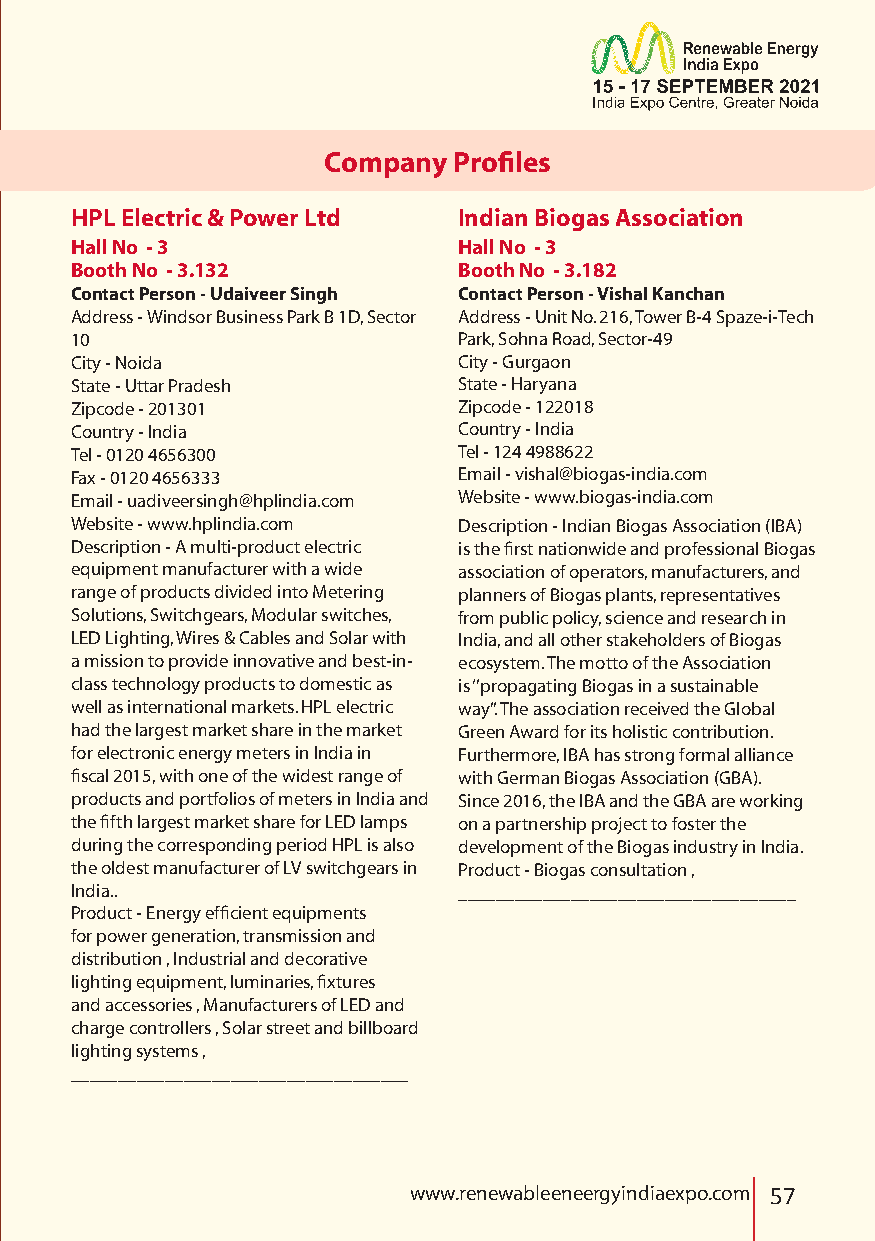
Company  Profiles
 HPL Electric & Power Ltd Indian Biogas Association
 Hall No - 3              Hall No - 3
 Booth No - 3.132         Booth No - 3.182
 Contact Person - Udaiveer Singh Contact Person - Vishal Kanchan
 Address - Windsor Business Park B 1D, Sector Address - Unit No. 216, Tower B-4 Spaze-i-Tech
 10                       Park, Sohna Road, Sector-49
 City - Noida             City - Gurgaon
 State - Uttar Pradesh    State - Haryana
 Zipcode - 201301         Zipcode - 122018
 Country - India          Country - India
 Tel - 0120 4656300       Tel - 124 4988622
 Fax - 0120 4656333       Email - vishal@biogas-india.com
 Email - uadiveersingh@hplindia.com Website - www.biogas-india.com
 Website - www.hplindia.com Description - Indian Biogas Association (IBA)
 Description - A multi-product electric is the first nationwide and professional Biogas
 equipment manufacturer with a wide association of operators, manufacturers, and
 range of products divided into Metering planners of Biogas plants, representatives
 Solutions, Switchgears, Modular switches, from public policy, science and research in
 LED Lighting, Wires & Cables and Solar with India, and all other stakeholders of Biogas
 a mission to provide innovative and best-in- ecosystem. The motto of the Association
 class technology products to domestic as is ‘’propagating Biogas in a sustainable
 well as international markets. HPL electric way’’. The association received the Global
 had the largest market share in the market Green Award for its holistic contribution.
 for electronic energy meters in India in Furthermore, IBA has strong formal alliance
 fiscal 2015, with one of the widest range of with German Biogas Association (GBA).
 products and portfolios of meters in India and Since 2016, the IBA and the GBA are working
 the fifth largest market share for LED lamps on a partnership project to foster the
 during the corresponding period HPL is also development of the Biogas industry in India.
 the oldest manufacturer of LV switchgears in Product - Biogas consultation ,
 India..                  ____________________________________
 Product - Energy efficient equipments
 for power generation, transmission and
 distribution , Industrial and decorative
 lighting equipment, luminaries, fixtures
 and accessories , Manufacturers of LED and
 charge controllers , Solar street and billboard
 lighting systems ,
 ____________________________________
 www.renewableeneergyindiaexpo.com 57